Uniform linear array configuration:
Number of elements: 32
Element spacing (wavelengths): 0.75
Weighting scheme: hann
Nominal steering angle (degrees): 0
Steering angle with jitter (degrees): -1.229
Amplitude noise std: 0.05
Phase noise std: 0.05

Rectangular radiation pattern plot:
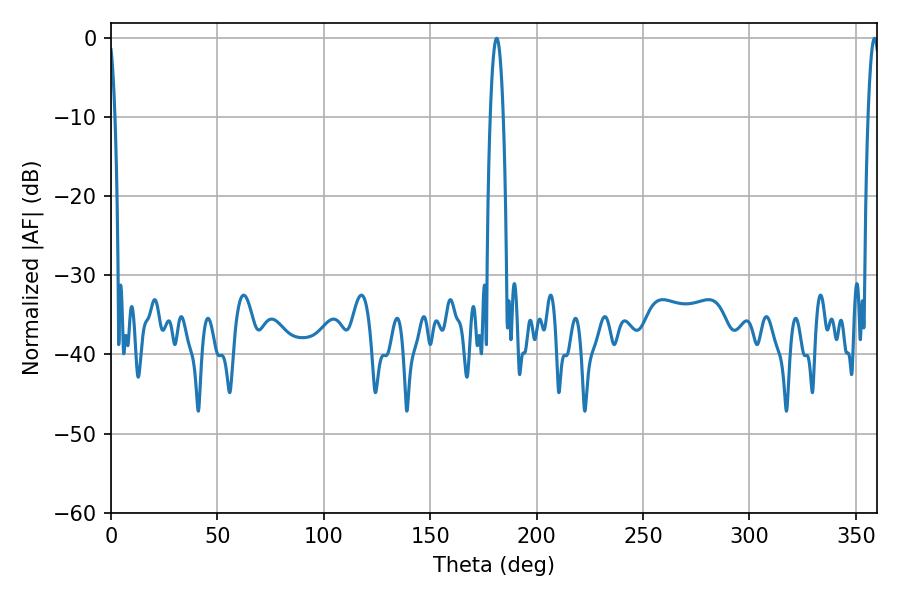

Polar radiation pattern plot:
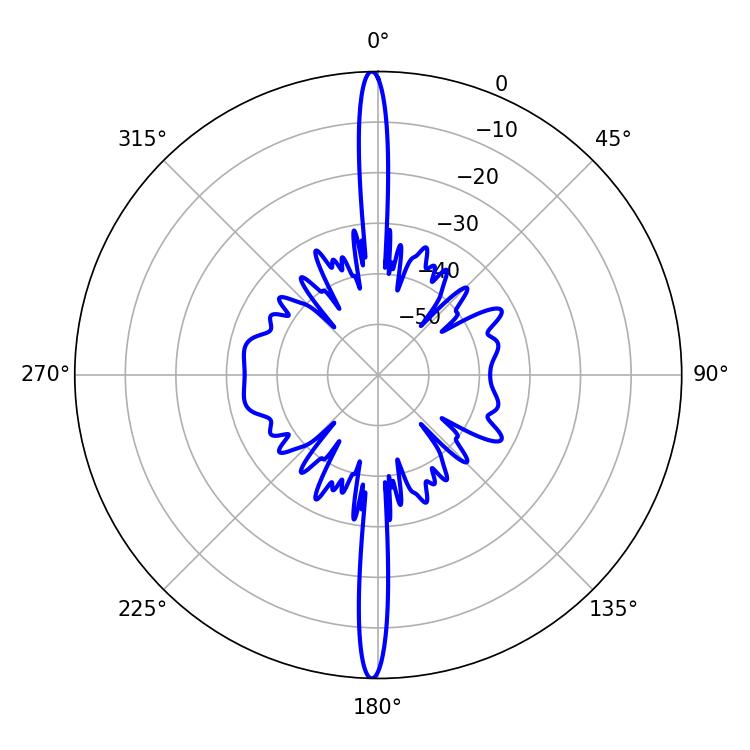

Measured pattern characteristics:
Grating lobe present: TRUE
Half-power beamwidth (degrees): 2.88
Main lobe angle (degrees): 358.74